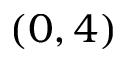
( 0 , 4 )